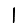
Digit: 1